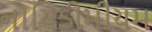
નોયિડીમીયમ